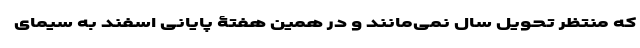
که منتظر تحویل سال نمی‌مانند و در همین هفتۀ پایانی اسفند به سیمای